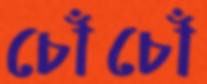
চোঁচোঁ